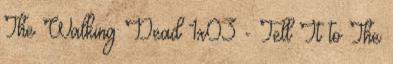
The Walking Dead 1x03 - Tell It to The